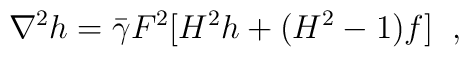
\nabla^{2}h=\bar{\gamma}F^{2}[H^{2}h+(H^{2}-1)f] \;\; ,